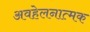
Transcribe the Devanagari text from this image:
अवहेलनात्मक